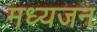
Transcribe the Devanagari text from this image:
मध्यजन